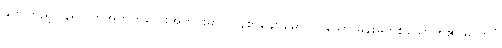
နှိုက်ကြည့်ပြန်ရာ ကိုအတံကလေးအတွင်းမှာ လွန်စွာချောမောလှပသော မိန်းမတစ်ယောက်၏ ဓာတ်ပုံ